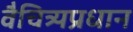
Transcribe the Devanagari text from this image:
वैचित्र्यप्रधान